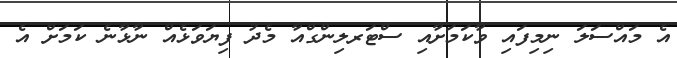
އެ މައްސަލަ ނިމިފައި ވާކަމަށާއި ސްޓަރލިންގްއާ މެދު ފިޔަވަޅެއް ނާޅާނެ ކަމަށް އެ